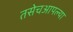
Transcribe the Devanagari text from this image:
तसेचआपल्या